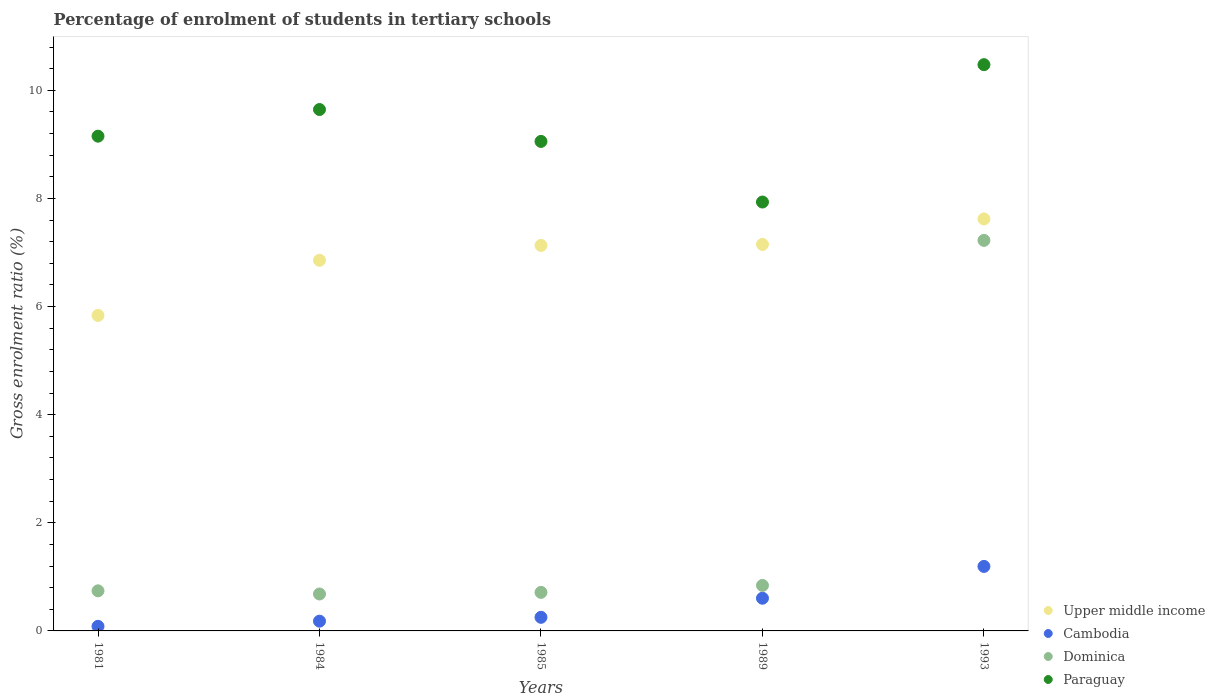
| Years | Upper middle income | Cambodia | Dominica | Paraguay |
 | --- | --- | --- | --- | --- |
 | 1981 | 5.84 | 0.0847 | 0.742 | 9.15 |
 | 1984 | 6.86 | 0.181 | 0.683 | 9.65 |
 | 1985 | 7.13 | 0.252 | 0.713 | 9.06 |
 | 1989 | 7.15 | 0.605 | 0.842 | 7.93 |
 | 1993 | 7.62 | 1.19 | 7.22 | 10.5 |